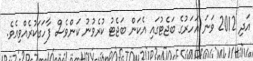
އަދި 2012 ވަނަ އަހަރުގެ ބަޖެޓުގައި އެކަން ބަޖެޓު ކުރެވުނު ކަންވެސް ފާހަގަކުރެއްވިއެވެ.